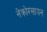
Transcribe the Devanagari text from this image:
नेक्रोरसायन